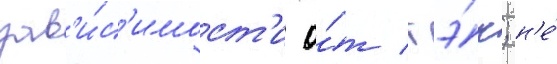
зав'и́с'имост'и о́т гэ́н; н'е́